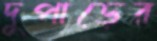
দুপাড়ের